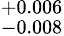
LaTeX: ^{+0.006}_{-0.008}